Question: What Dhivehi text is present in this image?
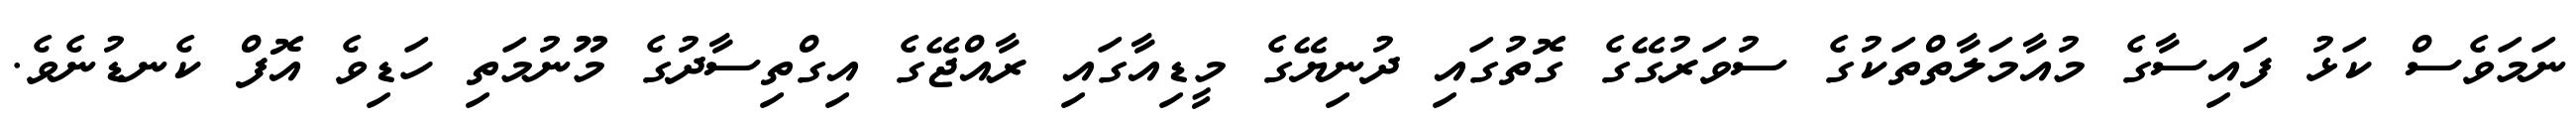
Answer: ނަމަވެސް ކަޅު ފައިސާގެ މުއާމަލާތްތަކުގެ ސުވަރުގޭގެ ގޮތުގައި ދުނިޔޭގެ މީޑިއާގައި ރާއްޖޭގެ އިގްތިސާދުގެ މޫނުމަތި ހަޑިވެ އޮފް ކެނޑުނެވެ.